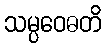
သမ္ပဝေဓတိ